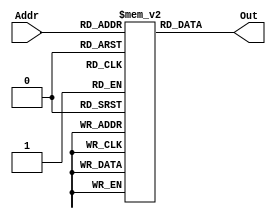
`ifndef _IM_V_
`define _IM_V_

module im(
           input [11: 2] Addr,
           output [31: 0] Out
       );

reg [31: 0] IMem[1023: 0];


assign Out = IMem[Addr];

endmodule

`endif